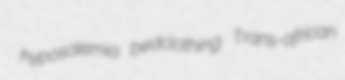
hyposalemia bedclothing Trans-african